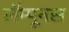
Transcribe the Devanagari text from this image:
लॅम्पूनस